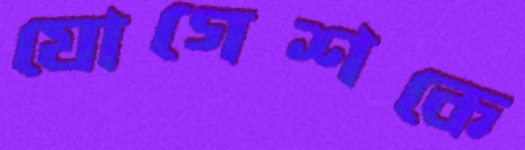
যোগেশকে